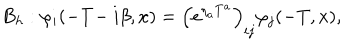
B _ { h } : \varphi _ { i } ( - T \! - i \beta , x ) = \left( e ^ { \eta _ { a } T ^ { a } } \right) _ { i j } \varphi _ { j } ( - T , x ) ,